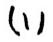
$(1)$